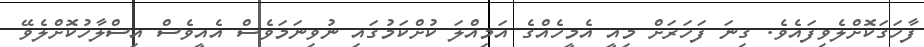
ފާހަގަކޮށްލެވިފައެވެ. ގިނަ ފަހަރަށް މިއީ އެމީހެއްގެ އަމިއްލަ ކުށްކަމުގައި ނުވިނަމަވެސް އެއީވެސް އިސްލާހުކޮށްލެވޭ